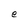
Character: e